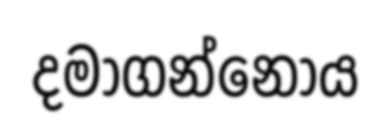
දමාගන්නෝය